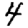
Digit: 4